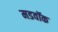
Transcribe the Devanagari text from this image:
मडवॉक